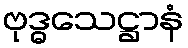
ဗုဒ္ဓသေဋ္ဌာနံ